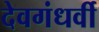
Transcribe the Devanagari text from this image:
देवगंधर्वी